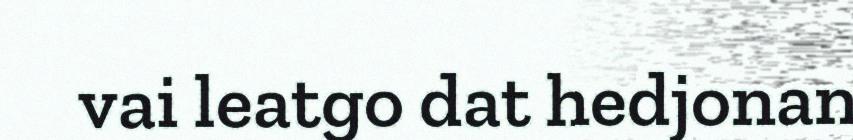
vai leatgo dat hedjonan